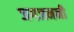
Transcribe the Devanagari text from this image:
जगजननी